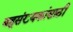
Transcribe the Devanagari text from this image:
बहुसंख्यकांसाठी